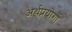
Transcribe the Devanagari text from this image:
अर्थप्रयोगों